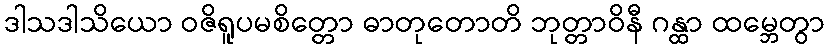
ဒါသဒါသိယော ဝဇိရူပမစိတ္တော ဓာတုတောတိ ဘုတ္တာဝိနီ ဂန္ထာ ထမ္ဘေတွာ